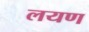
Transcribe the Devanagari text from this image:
लयण